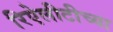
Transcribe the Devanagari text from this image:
रिऐलीटीच्या